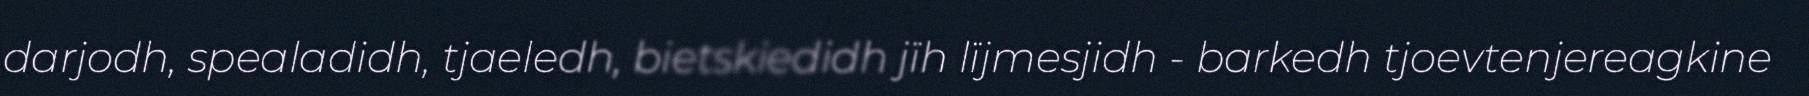
darjodh, spealadidh, tjaeledh, bietskiedidh jïh lïjmesjidh - barkedh tjoevtenjereagkine